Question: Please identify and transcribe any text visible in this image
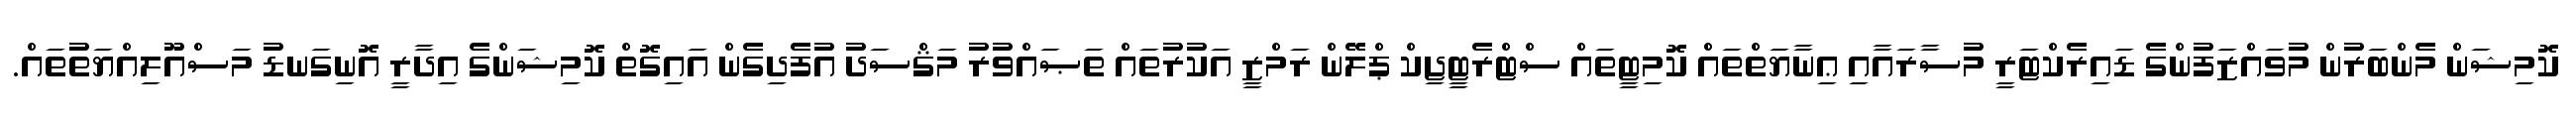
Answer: ކޮމިޝަން މެންބަރުން މުވައްޒަފުންގެ ޑައިރެކްޓަރީ މުސާރައާއި ޢިނާޔަތްތައް ކޮމިޓީތައް ސްޓްރެޓީޖިކް ޕްލޭން ރަމްޒީ އަކުރުތައް ތަޞައްވުރު މަޤްސަދު އުފެދިގެން އައިގޮތް ކޮމިޝަންގެ އިދާރީ އޮނިގަނޑު މަސްއޫލިއްޔަތުތައް.